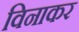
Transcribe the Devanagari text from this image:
विनाकर